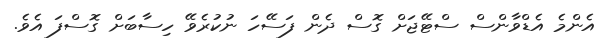
އެންމެ އެޑްވާންސް ސްޓޭޖަށް ގޮސް ދެން ފަސޭހަ ނުކުރެވޭ ހިސާބަށް ގޮސްފަ އެވެ.